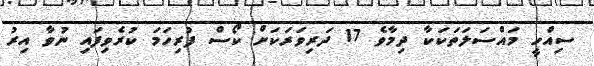
ސިއްހީ މައްސަލަތަކަކާ ދިމާވެ 17 ދަރިވަރަކަށް ކޯސް ފުރިހަމަ ކުރެވިފައި ނުވާ އިރު